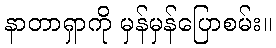
နာတာရှာကို မှန်မှန်ပြောစမ်း။